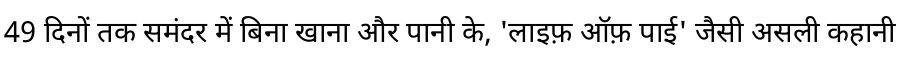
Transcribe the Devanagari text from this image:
49 दिनों तक समंदर में बिना खाना और पानी के, 'लाइफ़ ऑफ़ पाई' जैसी असली कहानी